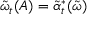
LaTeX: \tilde { \omega } _ { t } ( A ) = \tilde { \alpha } _ { t } ^ { * } ( \tilde { \omega } )